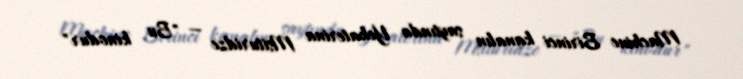
Machine Birinci kanalın saytında Yekaterina Msituridze — "Bu kinodur"